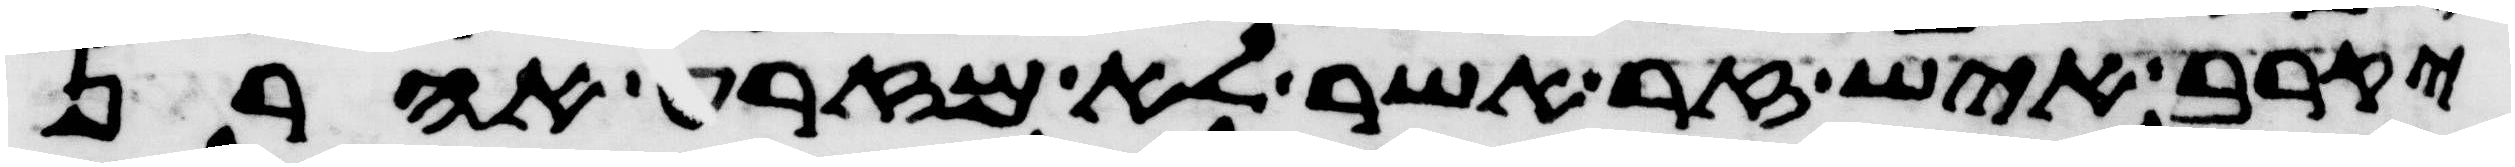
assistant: יקרב איש זר אשר לא מזרע אהרן